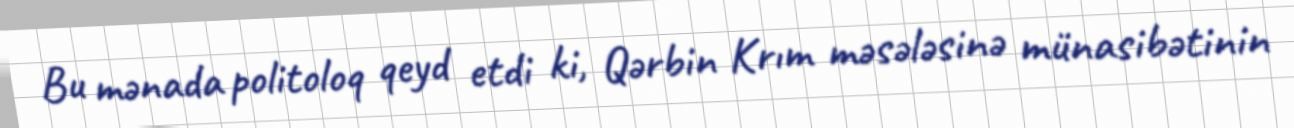
Bu mənada politoloq qeyd etdi ki, Qərbin Krım məsələsinə münasibətinin